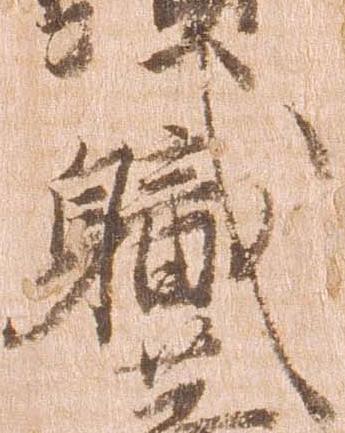
職